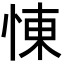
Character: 𢛔